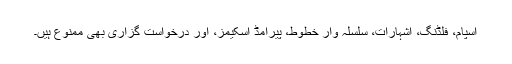
اسپام، فلڈنگ، اشہارات، سلسلہ وار خطوط، پیرامڈ اسکیمز، اور درخواست گزاری بھی ممنوع ہیں۔